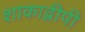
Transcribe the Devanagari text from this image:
शाकाद्वीपी